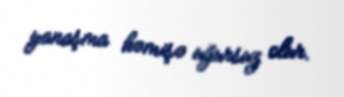
yanaşma həmişə uğursuz olur.